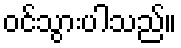
ဝင်သွားပါသည်။